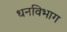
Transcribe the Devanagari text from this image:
धनविभाग